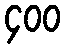
၄၀၀